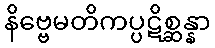
နိဗ္ဗေမတိကပ္ပဋိစ္ဆန္နာ